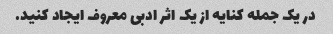
در یک جمله کنایه از یک اثر ادبی معروف ایجاد کنید.